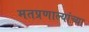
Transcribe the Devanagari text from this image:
मतप्रणाल्यांच्या